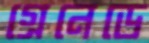
গ্রেনেডে